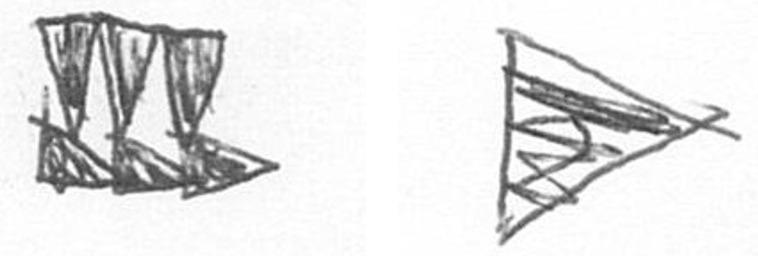
D T